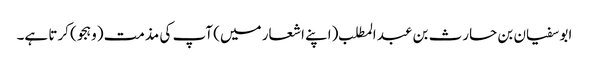
ابو سفیان بن حارث بن عبد المطلب (اپنے اشعار میں) آپ کی مذمت (وہجو) کرتا ہے۔